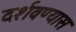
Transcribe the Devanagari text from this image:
दर्शवण्यास